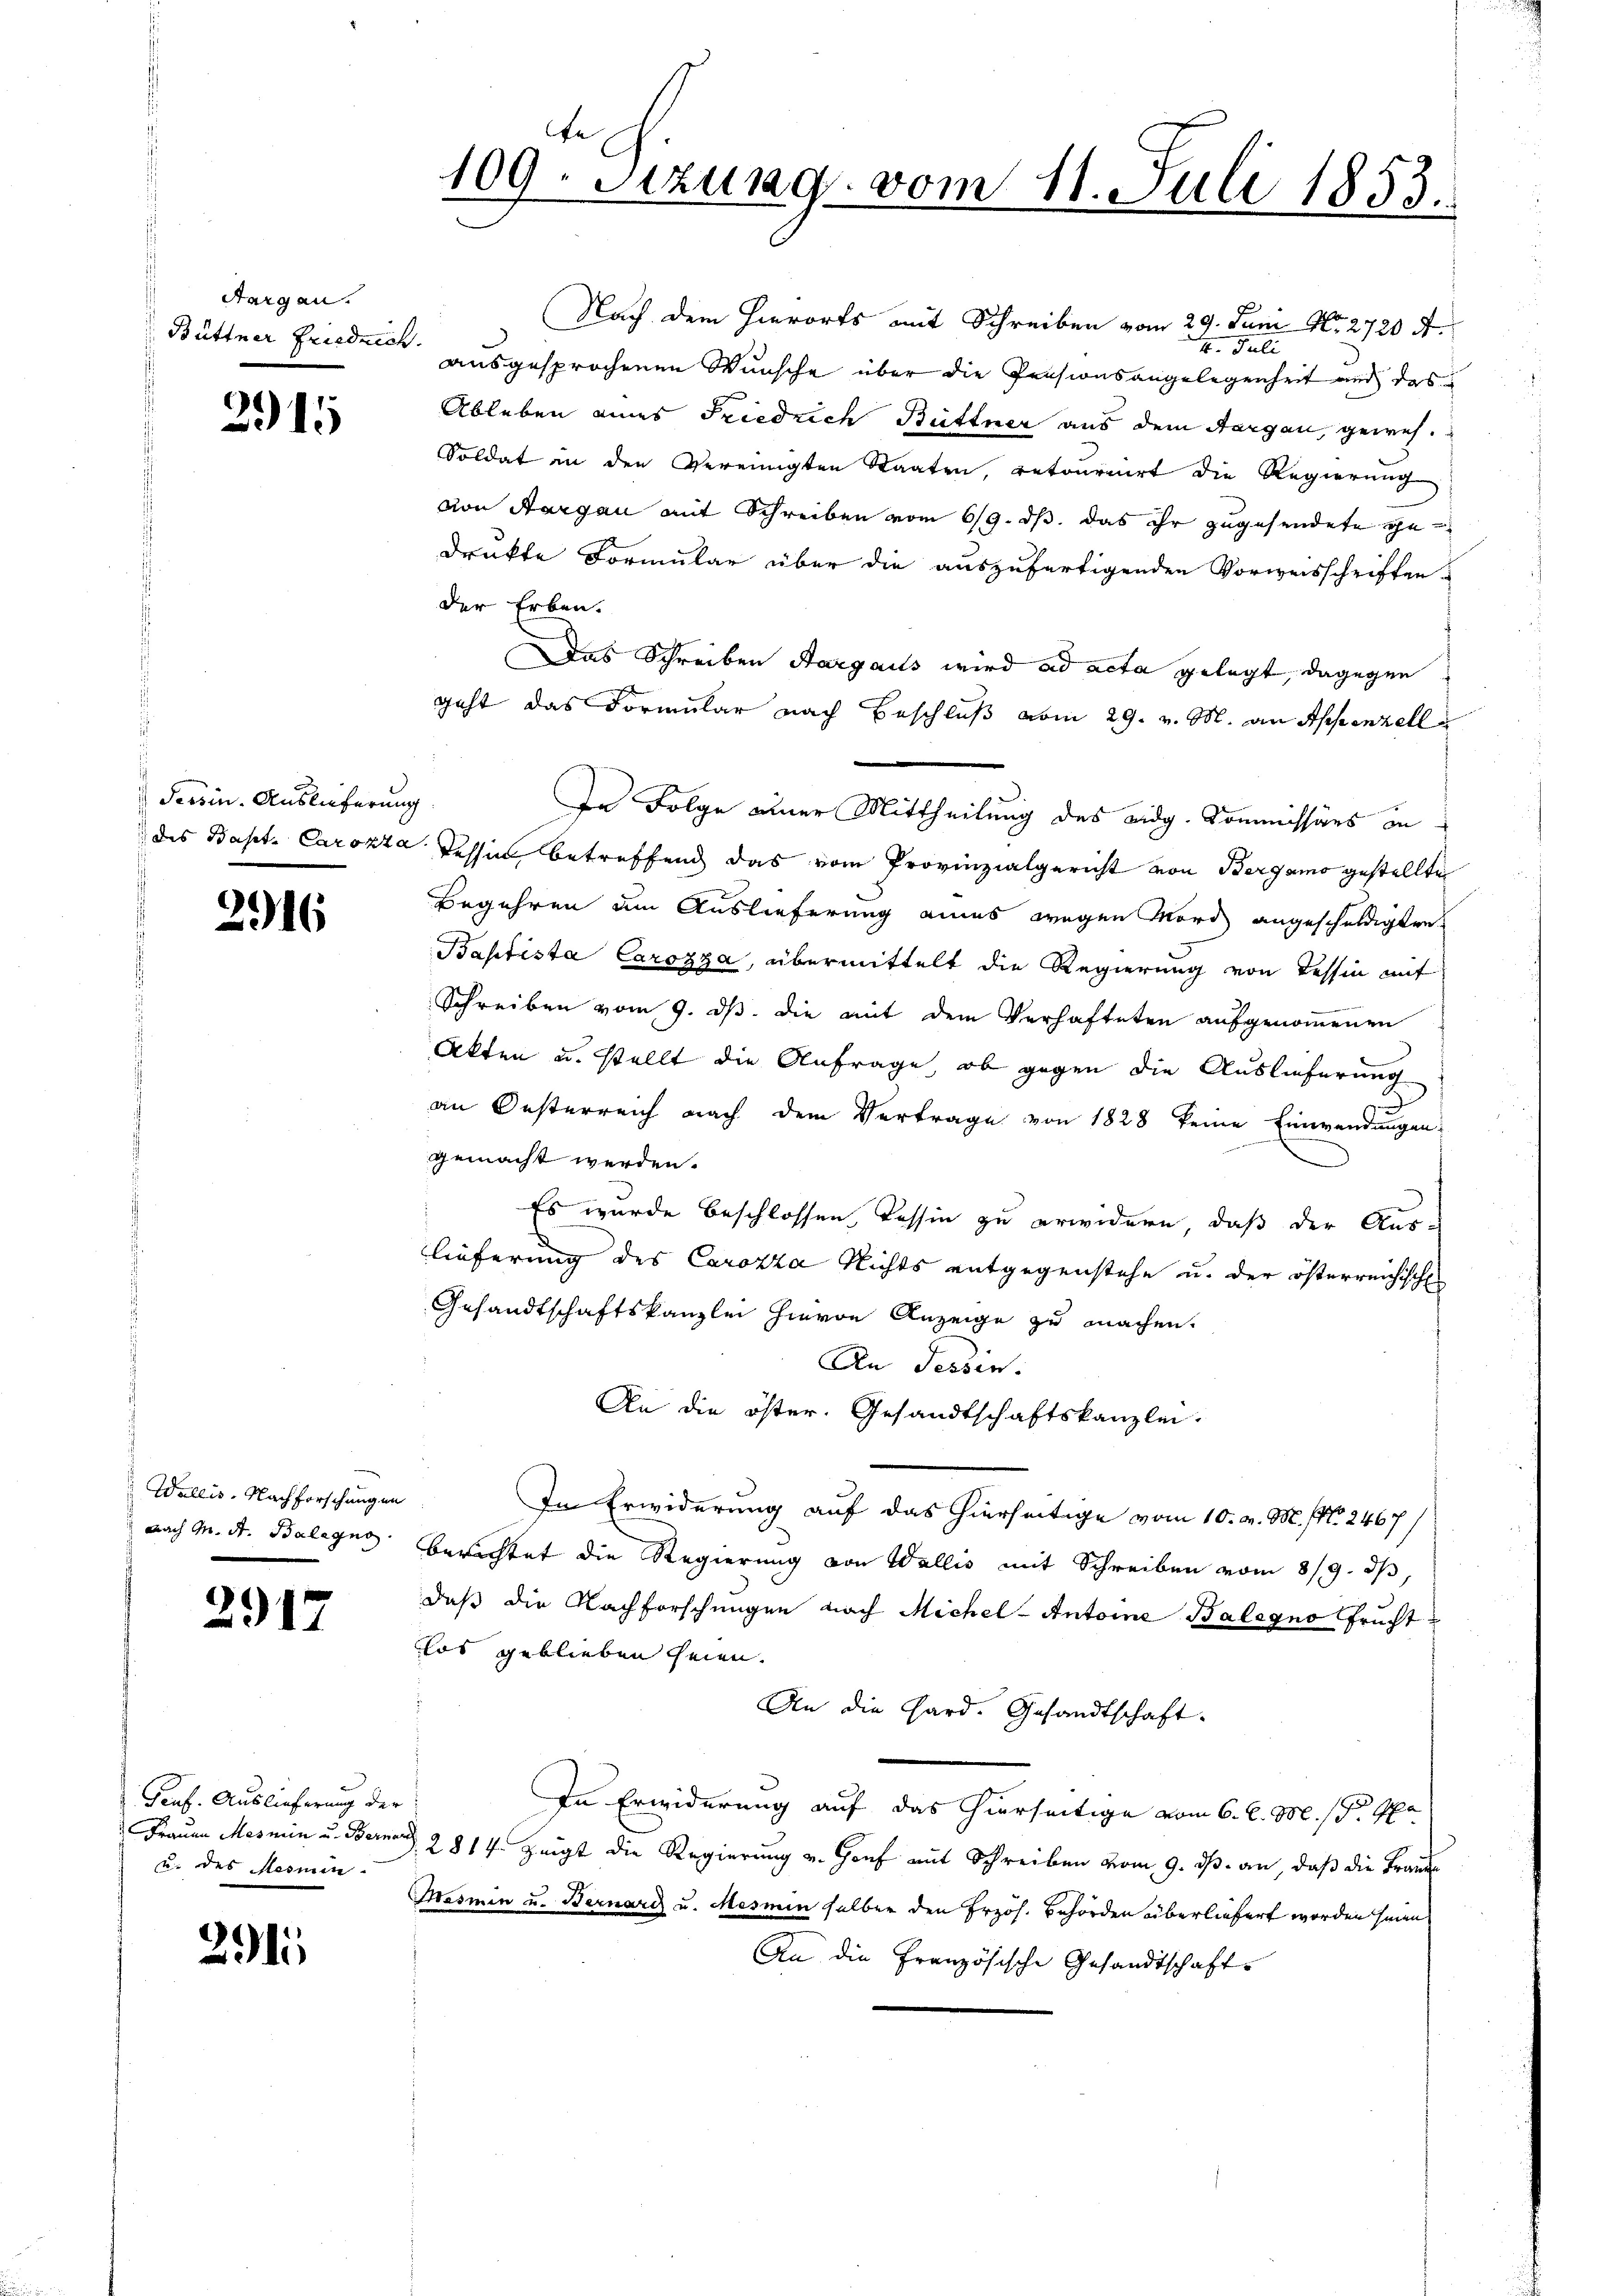
Aargau.

291

Tessin. Auslieferung

2916

Wallis, Nachforschungen
nach G. H. Balegno

2917

Graf. Auslieferung der
Frauen Mesmin u. Berner
u. des Mesnen.

2911

2
109. Sitzung vom 11. Juli 1853.

Nach dem Hierorts mit Schreiben vom 29. Juni Nr. 2720 f.
4. Juli
Büttner Friedrich ausgesprochenen Wunsche über die Pensionsangelegenheit und das
Ableben eines Friedrich Büttner aus dem Aargau, gewes¬
Soldat in den Vereinigten Staaten, retourrirt die Regierung
von Aargau mit Schreiben vom 6/9. ds. das ihr zugesendete gedruckte Formular über die auszufertigenden Vorweisschriften-
der Erben.
Das Schreiben Aargaus wird ad acta gelegt, dagegen
geht das Formular nach Beschluß vom 29. v. M. an Appenzell
In Folge einer Mittheilung des eidg. Kommissärs an
des Bapt. Carozza Tessin betreffend das vom Provinzialgericht von Bergamo gestellte
Begehren um Auslieferung eines wegen Mord angeschuldigten
Baptista Carozza, übermittelt die Regierung von Tessin mit
Schreiben vom 9. ds. die mit dem Verhafteten aufgenommenen
Akten u. stellt die Anfrage, ob gegen die Auslieferung
an Oesterreich nach dem Vertrage von 1828 keine Einwendungen
gemacht werden.
Es wurde beschlossen, Tessin zu erwidern, daß der Auslieferung des Carozza Nichts entgegenstehe u. der österreichische
Gesandtschaftskanzlei hievon Anzeige zu machen.
An Tessin.
An die öster. Gesandtschaftskanzlei.
In Erwiderung auf das hierseitige vom 10. v. M. (N. 2467/
berichtet die Regierung von Wallis mit Schreiben vom 8/9. ds,
daß die Nachforschungen nach Michel - Antoine Balegno fruchtlos geblieben seien.
An die Hard. Gesandtschaft.
In Erwiderung auf das hierseitige vom 6. d. M. s. pa
2814. Zeigt die Regierung u. Genf mit Schreiben vom 9. ds. an, daß die Frauen
Masmen u. Bernari u. Mesmen selber den Erzöh. Behörden überliefert worden seinen
An die Französische Gesandtschaft